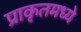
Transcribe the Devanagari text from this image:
प्राकृतमध्ये